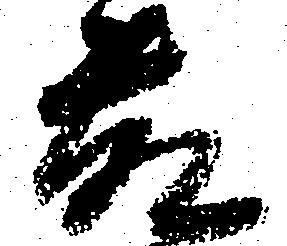
藤